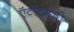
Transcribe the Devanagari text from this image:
ऍंटीटमची